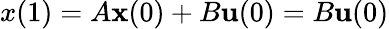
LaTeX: x(1)=A{\textbf{x}}(0)+B{\textbf{u}}(0)=B{\textbf{u}}(0)